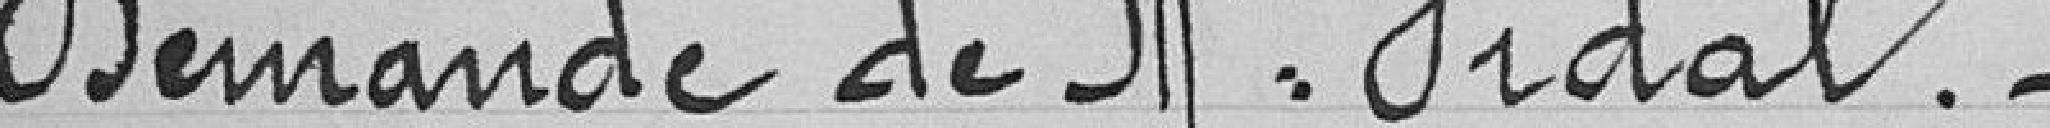
Demande de Madame Vidal